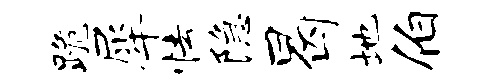
跪犀怯隐曷地伯